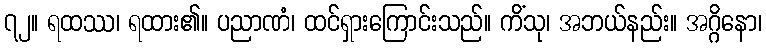
၇၂။ ရထဿ၊ ရထား၏။ ပညာဏံ၊ ထင်ရှားကြောင်းသည်။ ကိံသု၊ အဘယ်နည်း။ အဂ္ဂိနော၊